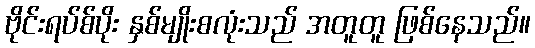
ဗိုင်းရပ်စ်ပိုး နှစ်မျိုးစလုံးသည် အတူတူ ဖြစ်နေသည်။